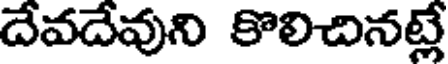
దేవదేవుని కొలిచినట్లే